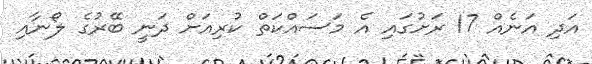
އަދި އަނެއް 17 ރަށުގައި އެ މަސައްކަތް ކުރިއަށް ދަނީ ބޭރުގެ ލޯނާއި